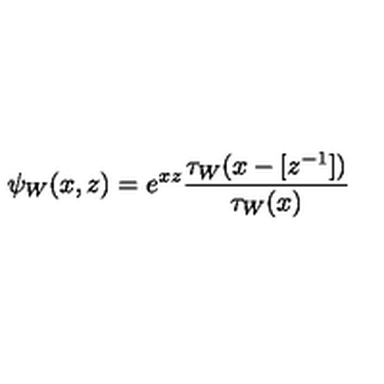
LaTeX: \psi _ { W } ( x , z ) = e ^ { x z } \frac { \tau _ { W } ( x - [ z ^ { - 1 } ] ) } { \tau _ { W } ( x ) }